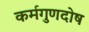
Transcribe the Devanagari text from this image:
कर्मगुणदोष